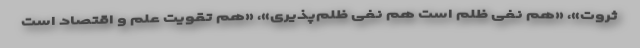
ثروت»، «هم نفی ظلم است هم نفی ظلم‌پذیری»، «هم تقویت علم و اقتصاد است